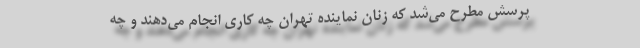
پرسش مطرح می‌شد که زنان نماینده تهران چه کاری انجام می‌دهند و چه